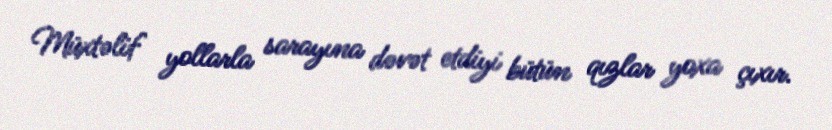
Müxtəlif yollarla sarayına dəvət etdiyi bütün qızlar yoxa çıxır.